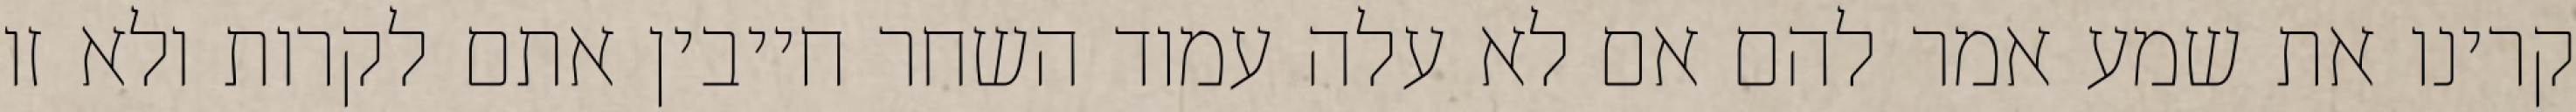
קרינו את שמע אמר להם אם לא עלה עמוד השחר חייבין אתם לקרות ולא זו